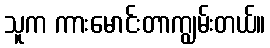
သူက ကားမောင်းတာကျွမ်းတယ်။